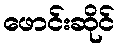
ဖောင်းဆိုင်